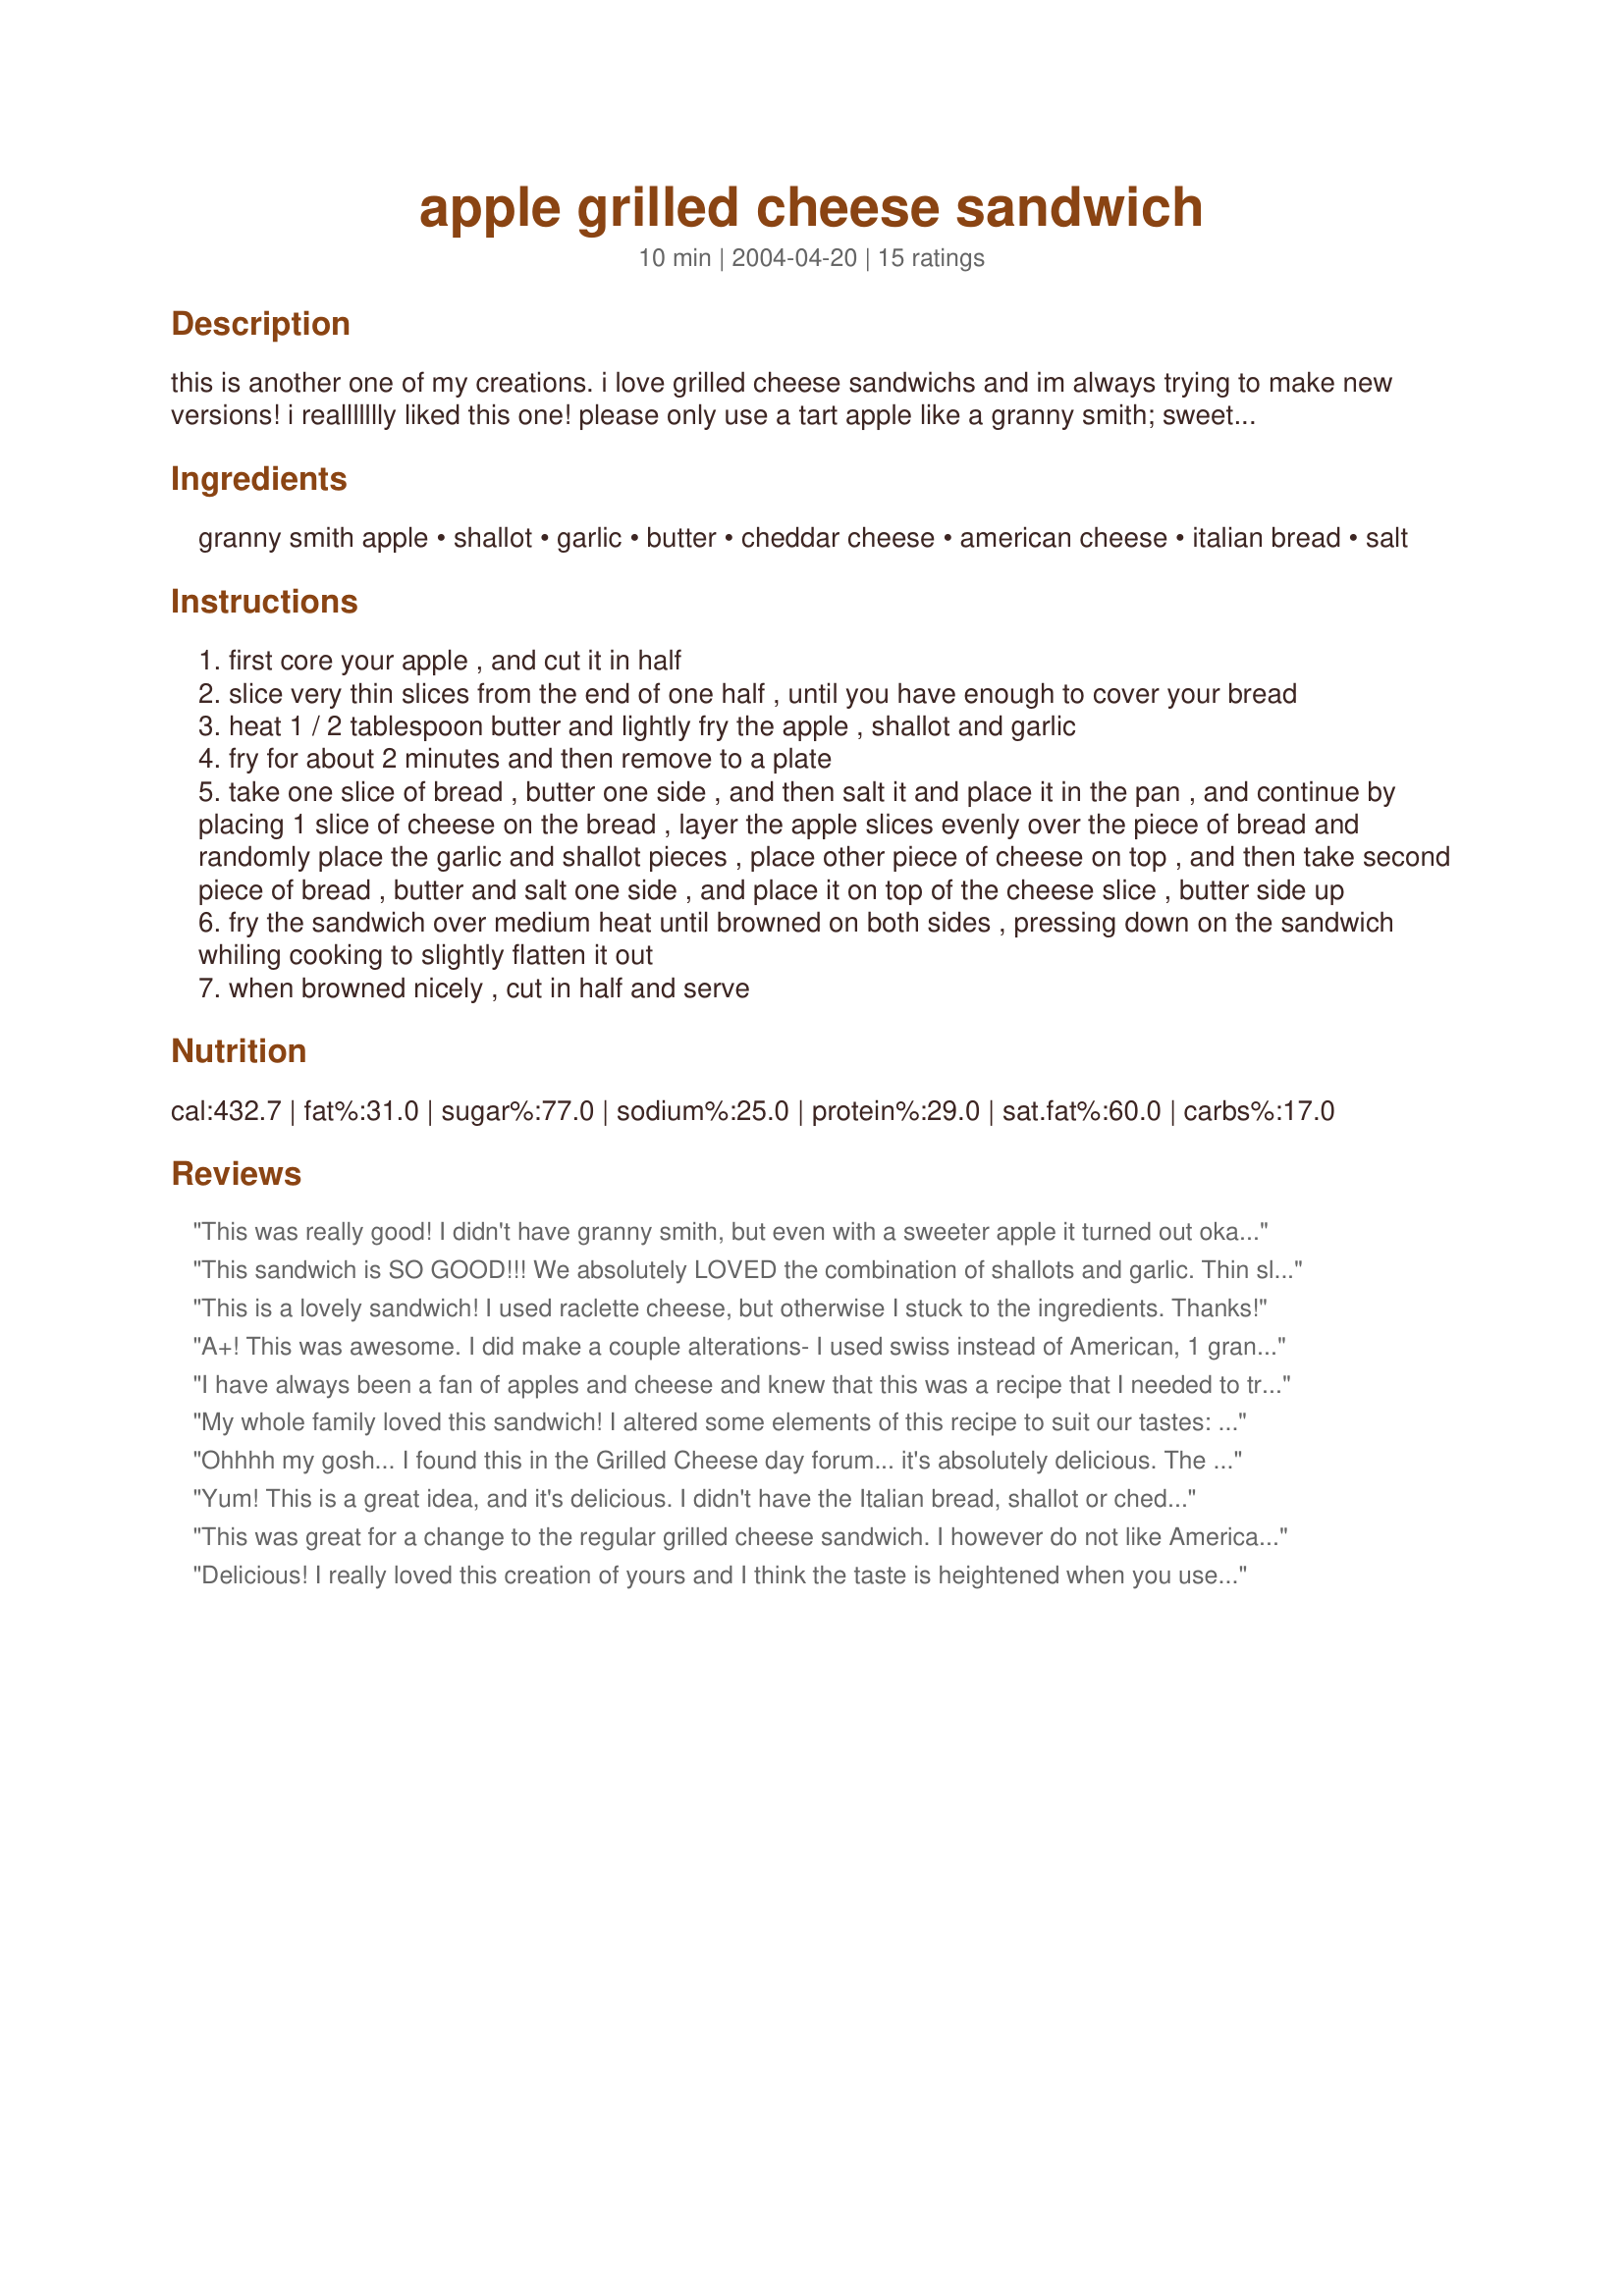
apple grilled cheese sandwich
Preparation time: 10 minutes

this is another one of my creations. i love grilled cheese sandwichs and im always trying to make new versions! i reallllllly liked this one! please only use a tart apple like a granny smith; sweet apples may produce an undesireable result. i really loved this sandwich!!!

Ingredients:
granny smith apple, shallot, garlic, butter, cheddar cheese, american cheese, italian bread, salt

Steps:
first core your apple , and cut it in half
slice very thin slices from the end of one half , until you have enough to cover your bread
heat 1 / 2 tablespoon butter and lightly fry the apple , shallot and garlic
fry for about 2 minutes and then remove to a plate
take one slice of bread , butter one side , and then salt it and place it in the pan , and continue by placing 1 slice of cheese on the bread , layer the apple slices evenly over the piece of bread and randomly place the garlic and shallot pieces , place other piece of cheese on top , and then take second piece of bread , butter and salt one side , and place it on top of the cheese slice , butter side up
fry the sandwich over medium heat until browned on both sides , pressing down on the sandwich whiling cooking to slightly flatten it out
when browned nicely , cut in half and serve

Reviews:
This was really good! I didn't have granny smith, but even with a sweeter apple it turned out okay. I will definitely use a granny smith next time though.
This sandwich is SO GOOD!!! We absolutely LOVED the combination of shallots and garlic. Thin slices of the apple, garlic and shallot are key. Next time, I may saute the apples a little less so they retain some crispiness. Otherwise, I wouldn't change a thing. Absolutely amazing flavor.
This is a lovely sandwich! I used raclette cheese, but otherwise I stuck to the ingredients. Thanks!
A+! This was awesome. I did make a couple alterations- I used swiss instead of American, 1 granny smith apple for 2 sandwiches (it seems like a whole apple would be too much for just one, our sandwiches were packed with 1/2 an apple each), and some yellow onion instead of the shallot. I used 3-Seed (poppy, sunflower, sesame) sourdough. Mmmm! I made this in my cast-iron so the onion, apple and garlic caramelized wonderfully... what a flavor!
I have always been a fan of apples and cheese and knew that this was a recipe that I needed to try. I love the simplicity of the recipe although I must say I wasn't quite sure of the addition of the shallots and garlic but in my opinion it takes this yummy sandwich over the top. I followed the recipe exactly and was very pleased with the results. Will be making this often! Yum!
My whole family loved this sandwich!
I altered some elements of this recipe to suit our tastes: Used Mozzarella instead of cheddar; I did use the American, but next time I probably will use sliced cheddar and mozzarella only. I found the American melted faster than the Mozzarella and began running out of the sandwich. Also, I brushed the sides of the Sourdough bread slices I used with light tasting olive oil and sprinkled with a favorite herb combination we use on all our grilled cheese sandwiches. Cooked them in our tabletop griller. Yum!
Ohhhh my gosh... I found this in the Grilled Cheese day forum... it's absolutely delicious. The shallots and garlic really added something extra, and the mix of cheeses was perfect. Thanks for the great recipe!
Yum! This is a great idea, and it's delicious.

I didn't have the Italian bread, shallot or cheddar cheese. 

I used american and provolone cheese. They were good, but I know cheddar will be perfect. 

Since I had a hard time finding a shallot, I'll probably just stick to garlic only - maybe increasing it next time.

Whole grain bread was still wonderful, but I'm sure the Italian bread would really make it.
This was great for a change to the regular grilled cheese sandwich. I however do not like American cheese at all so I took that out and put in provolone. It was great the granny smith apples really added to it.
Delicious! I really loved this creation of yours and I think the taste is heightened when you use a really really good crusty yet soft bread. I sauteed the apples for only about 1 minute over medium heat because I wanted them it to retain a somewhat crisp texture. The flavor combination is outstanding for my tastes because I adore each ingredient in this sandwich. To suit my personal taste, I will definitely peel the apple and slice it more thickly when I make this sandwich again - and I know I will be making this very soon because it is too good not to enjoy often.
WoW WEEE!!!
Im a sandwitch person myself and with cheese? Well that is just the combo for me. I had steaks for supper yerterday for the family but just ran ou to buy the ingredientes before hand. Well l did make the steaks for the family and a friend of my sons but, also made these sandwitches. At first my hub says what for "l want a steak" Didnt listem as usual to him and made this recipe anyway...well well , everyone had steaks but also had an HUDGE sandwitch. Everyone just loved this. Ps: l added some extra garlic powder. I bet that grilled chicken would fit in there just right. Love this!!
OMG... we just finished having these for lunch... they were AMAZING! The combination of apple, shallot, and garlic was to die for. We used Swiss instead of Cheddar- my husband made another sandwich even after all the ingredients were put away!
Great Sandwich, wonderful combination. I did make just a couple of changes just to use what I had on hand. I used a Johnathan Gold apple, a scallion in place of the shallot and one slice of cheddar and one slice of pepper jack cheese. No salt, just because I hardly ever use any anyways. This was so tasty and the scallion and garlic really added a little zip to the an ordinary grilled cheese. Of course, the pepper jack cheese helped as well. I will be making this often. Thank you.
Unusual and creative, to say the least. I tried it out simply because it looked so different! Great recipe.
OMG, I thought this sounded interesting but I had no idea how much I would love it. I like grilled cheese sandwiches as much as the next person, but this took it to the next level and then some. I love garlic anyways and with the cheese and shallots, simply an amazing and simple recipe! Thanks Love!!!!!
